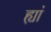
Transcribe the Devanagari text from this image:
ह्यां